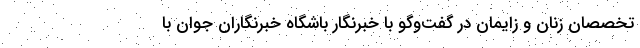
تخصصان زنان و زایمان در گفت‌وگو با خبرنگار باشگاه خبرنگاران جوان با